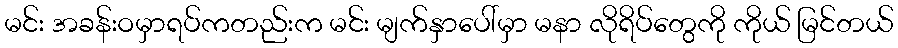
မင်း အခန်းဝမှာရပ်ကတည်းက မင်း မျက်နှာပေါ်မှာ မနာ လိုရိပ်တွေကို ကိုယ် မြင်တယ်